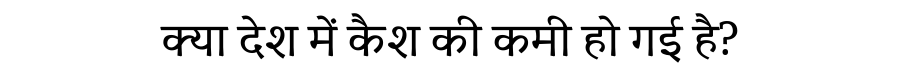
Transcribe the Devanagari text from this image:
क्या देश में कैश की कमी हो गई है?